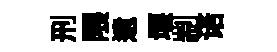
刑隈遺堰剬诺